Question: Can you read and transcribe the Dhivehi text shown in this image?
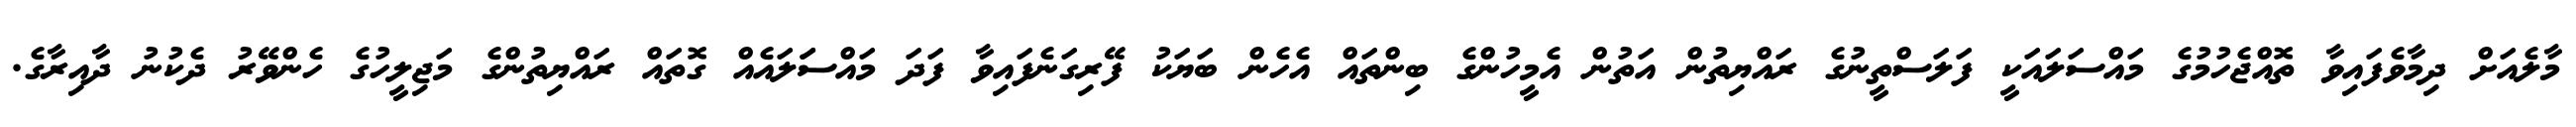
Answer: މާލެއަށް ދިމާވެފައިވާ ތޮއްޖެހުމުގެ މައްސަލައަކީ ފަލަސްތީނުގެ ރައްޔިތުން އަތުން އެމީހުންގެ ބިންތައް އެހެން ބަޔަކު ފޭރިގަނެފައިވާ ފަދަ މައްސަަލައެއް ގޮތައް ރައްޔިތުންގެ މަޖިލީހުގެ ހެންވޭރު ދެކުނު ދާއިރާގެ.